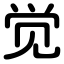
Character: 觉